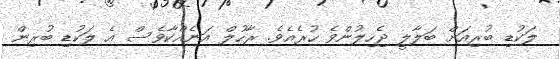
ލަކުޑި ބުރިއަށް ބަލާލީ ޖެހިލުންވެ ހުރެއެވެ. ރާހުލް އަނެއްކާވެސް އެ ލަކުޑި ބުރިން